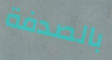
بالصدفة